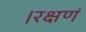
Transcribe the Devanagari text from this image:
।रक्षणं